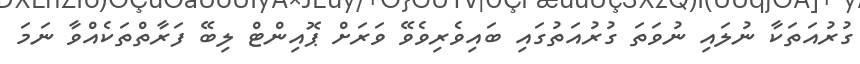
ގުރުއަތަކާ ނުލައި ނުވަތަ ގުރުއަތުގައި ބައިވެރިވެވޭ ވަރަށް ޕޮއިންޓް ލިބޭ ފަރާތްތަކެއްވާ ނަމަ